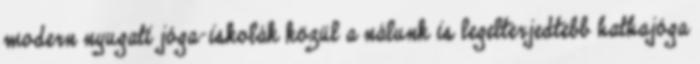
modern nyugati jóga-iskolák közül a nálunk is legelterjedtebb hathajóga